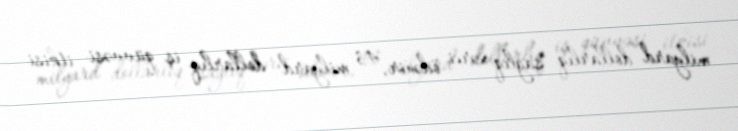
milyard dollarlıq sağlıq xərci ödənir, 43 milyard dollarlıq iş qüvvəsi itkisi